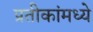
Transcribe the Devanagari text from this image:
प्रतीकांमध्ये